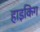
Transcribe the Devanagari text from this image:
हाइकिंग